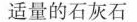
适量的石灰石